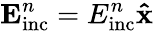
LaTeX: \mathbf{E}_{\mathrm{inc}}^{n}=E_{\mathrm{inc}}^{n}\mathbf{\hat{x}}